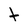
Character: t